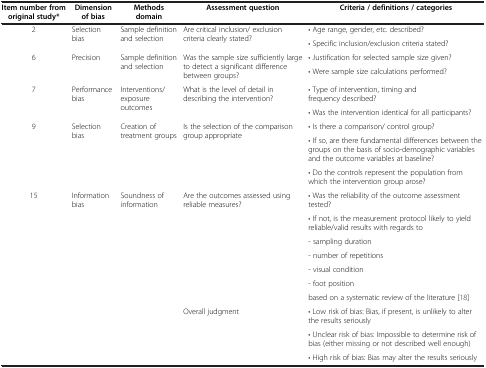
| Item number from original study* | Dimension of bias | Methods domain | Assessment question | Criteria / definitions / categories |
 | --- | --- | --- | --- | --- |
 | <ROWSPAN=2> 2 | <ROWSPAN=2> Selection bias | <ROWSPAN=2> Sample definition and selection | <ROWSPAN=2> Are critical inclusion/ exclusion criteria clearly stated? | • Age range, gender, etc. described? |
 | • Specific inclusion/exclusion criteria stated? |
 | <ROWSPAN=2> 6 | <ROWSPAN=2> Precision | <ROWSPAN=2> Sample definition and selection | <ROWSPAN=2> Was the sample size sufficiently large to detect a significant difference between groups? | • Justification for selected sample size given? |
 | • Were sample size calculations performed? |
 | <ROWSPAN=2> 7 | <ROWSPAN=2> Performance bias | <ROWSPAN=2> Interventions/exposure outcomes | <ROWSPAN=2> What is the level of detail in describing the intervention? | • Type of intervention, timing and frequency described? |
 | • Was the intervention identical for all participants? |
 | <ROWSPAN=3> 9 | <ROWSPAN=3> Selection bias | <ROWSPAN=3> Creation of treatment groups | <ROWSPAN=3> Is the selection of the comparison group appropriate | • Is there a comparison/ control group? |
 | • If so, are there fundamental differences between the groups on the basis of socio-demographic variables and the outcome variables at baseline? |
 | • Do the controls represent the population from which the intervention group arose? |
 | <ROWSPAN=7> 15 | <ROWSPAN=7> Information bias | <ROWSPAN=7> Soundness of information | <ROWSPAN=7> Are the outcomes assessed using reliable measures? | • Was the reliability of the outcome assessment tested? |
 | • If not, is the measurement protocol likely to yield reliable/valid results with regards to |
 | - sampling duration |
 | - number of repetitions |
 | - visual condition |
 | - foot position |
 | based on a systematic review of the literature [18] |
 |  |  |  | Overall judgment | • Low risk of bias: Bias, if present, is unlikely to alter the results seriously |
 |  |  |  |  | • Unclear risk of bias: Impossible to determine risk of bias (either missing or not described well enough) |
 |  |  |  |  | • High risk of bias: Bias may alter the results seriously |